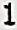
1